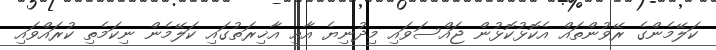
ކަލޭމެންގެ ރޭވުންތައް އެކޮޅުކޮޅުން ޖައްސަވައި މިދުނިޔެ އާއި އާޚިރަތުގައި ކަލޭމެން ނިކަމެތި ކުރައްވައި